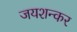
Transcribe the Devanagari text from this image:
जयशन्कर